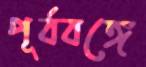
পূর্ববঙ্গে